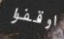
اوقفوا